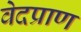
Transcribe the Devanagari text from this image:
वेदप्राण